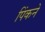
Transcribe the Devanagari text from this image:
पिंकने